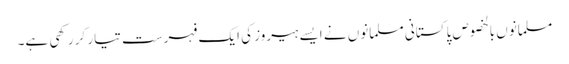
مسلمانوں بالخصوص پاکستانی مسلمانوں نے ایسے ہیروز کی ایک فہرست تیار کر رکھی ہے۔